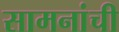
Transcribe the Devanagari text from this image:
सामनांची